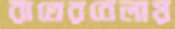
রাতেরবেলায়